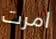
امرت